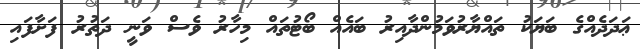
ޢަދަދެއްގެ ބަޔަކު ތައްޔާރުވަމުންދާއިރު ބައެއް ބޯޓުތައް މިހާރު ވެސް ވަނީ ދަތުރު ފަށާފައި